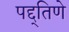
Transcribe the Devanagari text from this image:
पद्द्तिणे